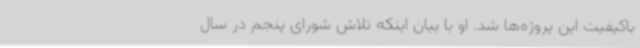
باکیفیت این پروژه‌ها شد. او با بیان اینکه تلاش شورای پنجم در سال